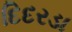
દિદરડા